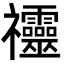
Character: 䄥